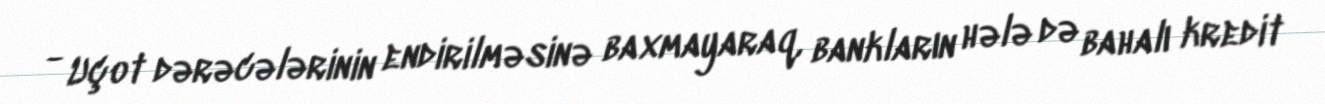
- Uçot dərəcələrinin endirilməsinə baxmayaraq, bankların hələ də bahalı kredit